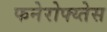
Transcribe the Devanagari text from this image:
फनेरोफ्य्तेस